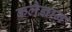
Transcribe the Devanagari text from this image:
कलैज्ञान